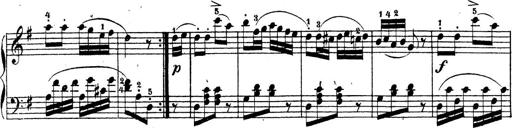
Title: 4 Sonatinas
Composer: Jacob Schmitt